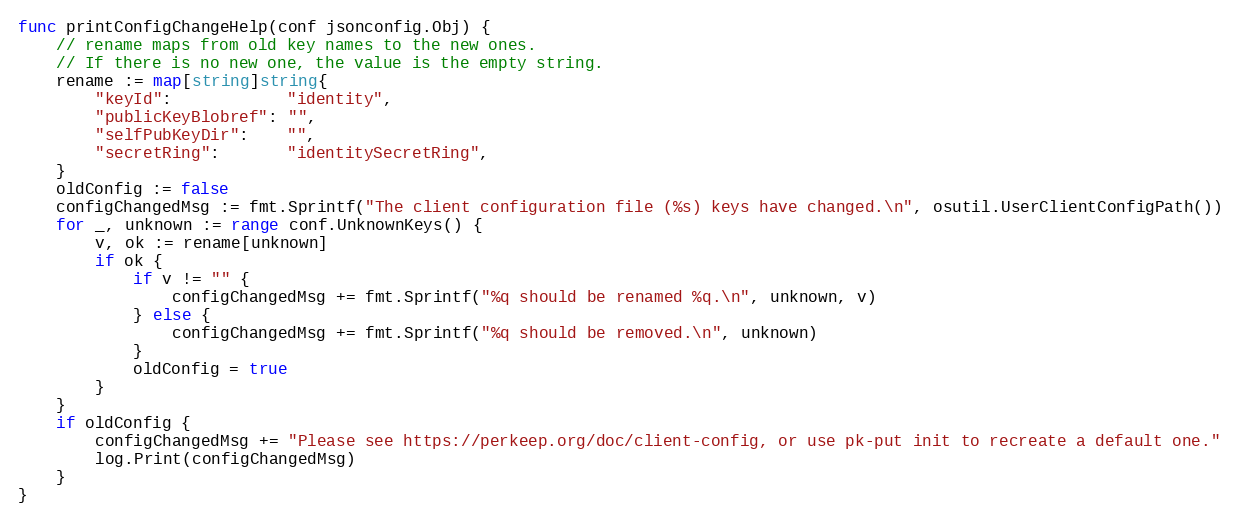
Language: Go
func printConfigChangeHelp(conf jsonconfig.Obj) {
	// rename maps from old key names to the new ones.
	// If there is no new one, the value is the empty string.
	rename := map[string]string{
		"keyId":            "identity",
		"publicKeyBlobref": "",
		"selfPubKeyDir":    "",
		"secretRing":       "identitySecretRing",
	}
	oldConfig := false
	configChangedMsg := fmt.Sprintf("The client configuration file (%s) keys have changed.\n", osutil.UserClientConfigPath())
	for _, unknown := range conf.UnknownKeys() {
		v, ok := rename[unknown]
		if ok {
			if v != "" {
				configChangedMsg += fmt.Sprintf("%q should be renamed %q.\n", unknown, v)
			} else {
				configChangedMsg += fmt.Sprintf("%q should be removed.\n", unknown)
			}
			oldConfig = true
		}
	}
	if oldConfig {
		configChangedMsg += "Please see https://perkeep.org/doc/client-config, or use pk-put init to recreate a default one."
		log.Print(configChangedMsg)
	}
}